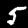
Label: 5